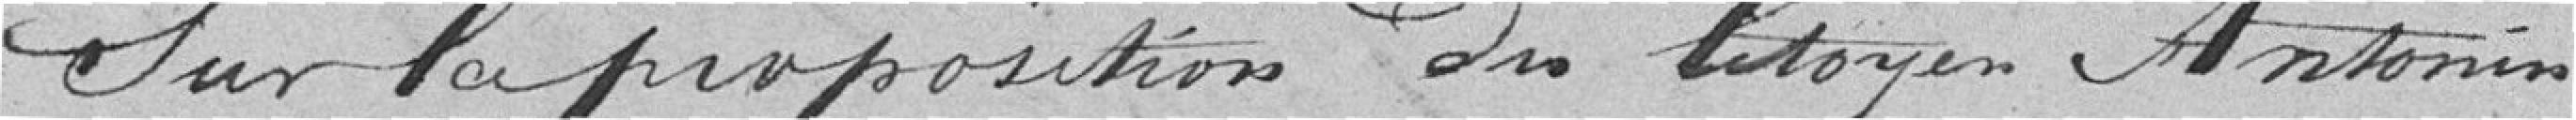
Sur la proposition du citoyen Antonin,